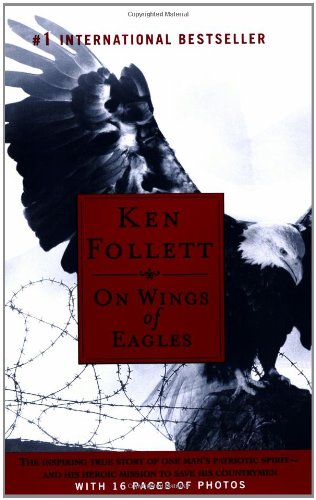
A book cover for On Wings of Eagles; Ken Follett; History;